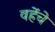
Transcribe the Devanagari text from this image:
वहेंचे